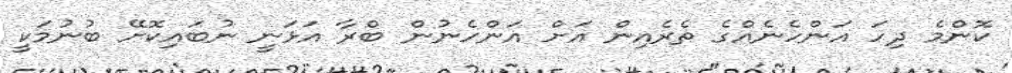
ކޮންމެ ދިހަ އަންހެނެއްގެ ތެރެއިން އަށް އަންހެނުން ބްރާ އަޅަނީ ނުބައިކޮށޭ ބުނުމަކީ